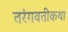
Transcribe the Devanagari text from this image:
तरंगवतीकथा